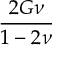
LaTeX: \frac { 2 G \nu } { 1 - 2 \nu }